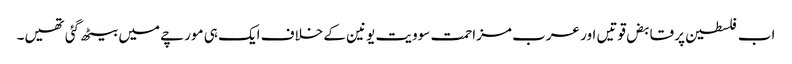
اب فلسطین پر قابض قوتیں اور عرب مزاحمت سوویت یونین کے خلاف ایک ہی مورچے میں بیٹھ گئی تھیں۔